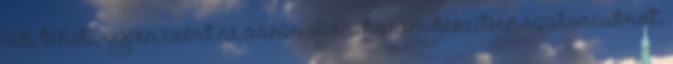
Aki teheti, éppen ezért ne vásároljon, hanem készítsen szaloncukrot,